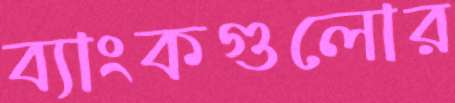
ব্যাংকগুলোর